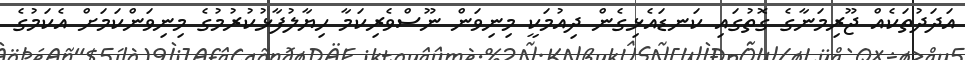
އަދަދުތަކެއް ޖޫރިމަނާގެ ގޮތުގައި ކަނޑައެޅިގެން ދިއުމަކީ މިނިވަން ނޫސްވެރިކަމާ ހިޔާލުފާޅުކުރުމުގެ މިނިވަންކަމަށް އެކަމުގެ